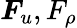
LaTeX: \boldsymbol{F}_{u},F_{\rho}